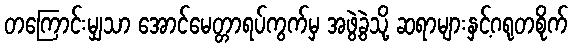
တကြောင်းမျှသာ အောင်မေတ္တာရပ်ကွက်မှ အဖွဲ့ခွဲသို့ ဆရာများနှင့်ဂရုတစိုက်